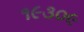
૧૯૩૦૯